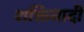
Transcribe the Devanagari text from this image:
शक्तिवादी